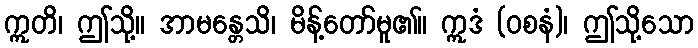
ဣတိ၊ ဤသို့။ အာမန္တေသိ၊ မိန့်တော်မူ၏။ ဣဒံ (ဝစနံ)၊ ဤသို့သော